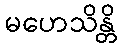
မဟေသိန္တိ